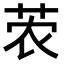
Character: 𫇽